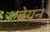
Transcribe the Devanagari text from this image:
बेयन